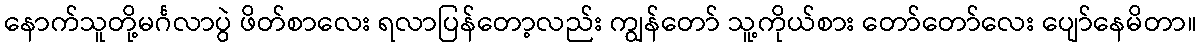
နောက်သူတို့မင်္ဂလာပွဲ ဖိတ်စာလေး ရလာပြန်တော့လည်း ကျွန်တော် သူ့ကိုယ်စား တော်တော်လေး ပျော်နေမိတာ။